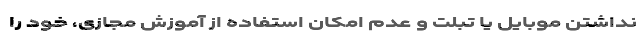
نداشتن موبایل یا تبلت و عدم امکان استفاده از آموزش مجازی، خود را